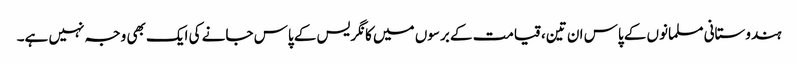
ہندوستانی مسلمانوں کے پاس ان تین، قیامت کے برسوں میں کانگریس کے پاس جانے کی ایک بھی وجہ نہیں ہے۔